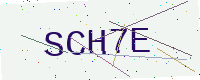
Text: SCH7E